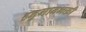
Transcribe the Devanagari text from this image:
हनुमानभक्ती